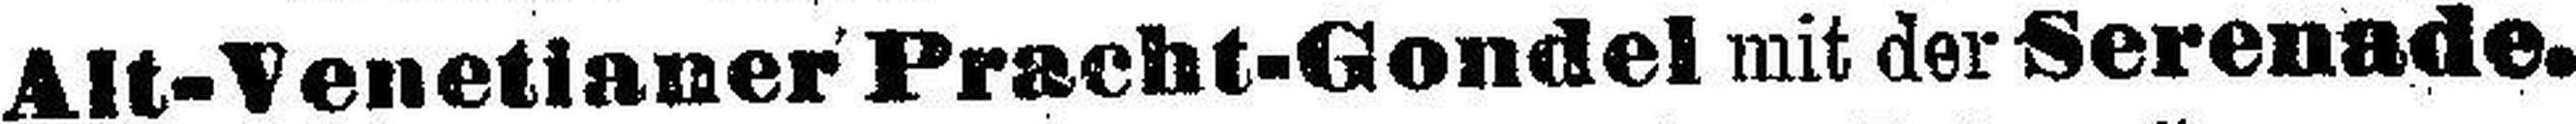
Alt-Venetianer Pracht-Gondel mit der Serenade.